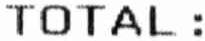
TOTAL :